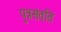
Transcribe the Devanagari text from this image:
पुत्रसंतति